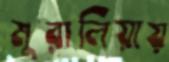
মুরালিয়ায়